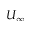
U _ { \infty }